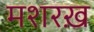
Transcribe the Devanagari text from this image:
मशरख़